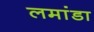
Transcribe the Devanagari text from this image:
लमांडा